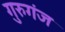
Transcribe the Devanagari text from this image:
गुरुगंज